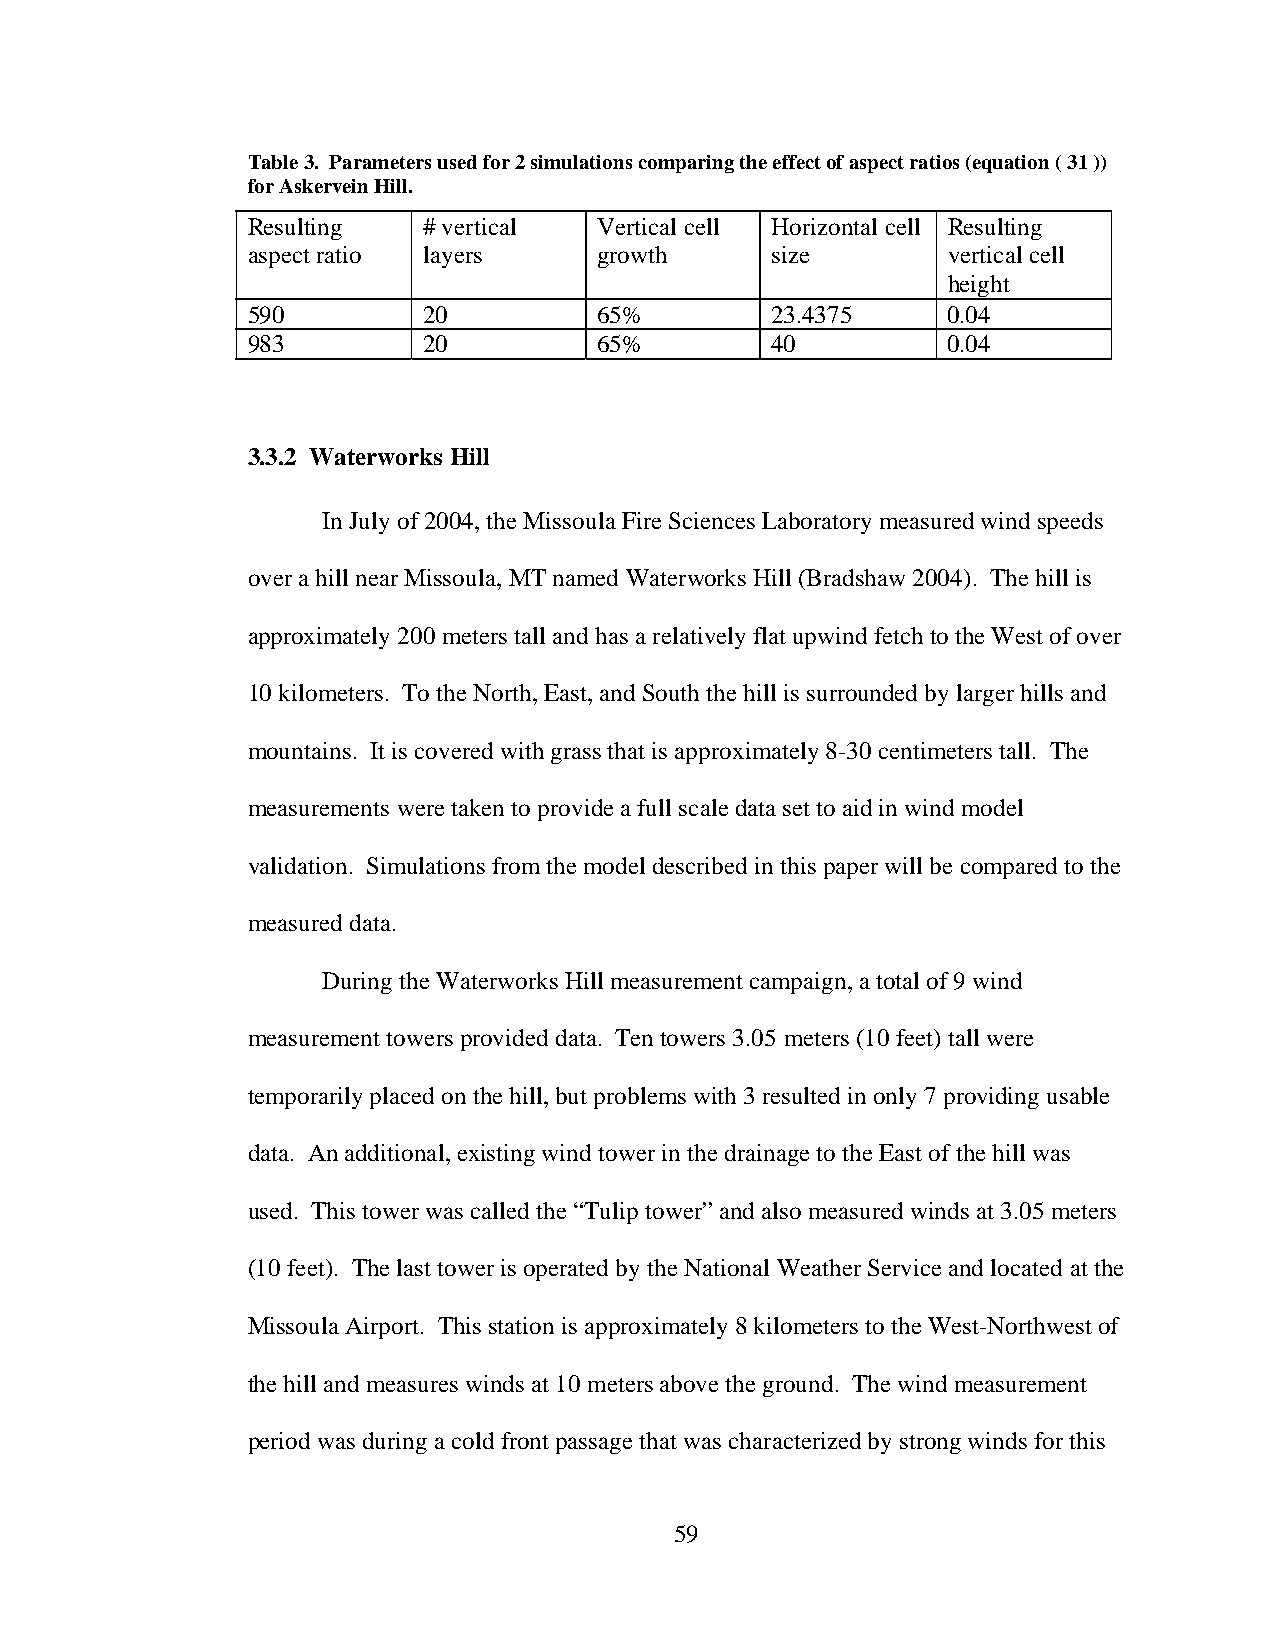
Table 3. Parameters used for 2 simulations comparing the effect of aspect ratios (equation ( 31 ))
 for Askervein Hill.
 Resulting   # vertical  Vertical cell Horizontal cell Resulting
 aspect ratio layers     growth     size        vertical cell
 height
 590         20          65%        23.4375     0.04
 983         20          65%        40          0.04
 3.3.2 Waterworks Hill
 In July of 2004, the Missoula Fire Sciences Laboratory measured wind speeds
 over a hill near Missoula, MT named Waterworks Hill (Bradshaw 2004). The hill is
 approximately 200 meters tall and has a relatively flat upwind fetch to the West of over
 10 kilometers. To the North, East, and South the hill is surrounded by larger hills and
 mountains. It is covered with grass that is approximately 8-30 centimeters tall. The
 measurements were taken to provide a full scale data set to aid in wind model
 validation. Simulations from the model described in this paper will be compared to the
 measured data.
 During the Waterworks Hill measurement campaign, a total of 9 wind
 measurement towers provided data. Ten towers 3.05 meters (10 feet) tall were
 temporarily placed on the hill, but problems with 3 resulted in only 7 providing usable
 data. An additional, existing wind tower in the drainage to the East of the hill was
 used. This tower was called the “Tulip tower” and also measured winds at 3.05 meters
 (10 feet). The last tower is operated by the National Weather Service and located at the
 Missoula Airport. This station is approximately 8 kilometers to the West-Northwest of
 the hill and measures winds at 10 meters above the ground. The wind measurement
 period was during a cold front passage that was characterized by strong winds for this
 59